Annual report of lunatic asylums [Bombay] - 1912-1922
Year: 1912
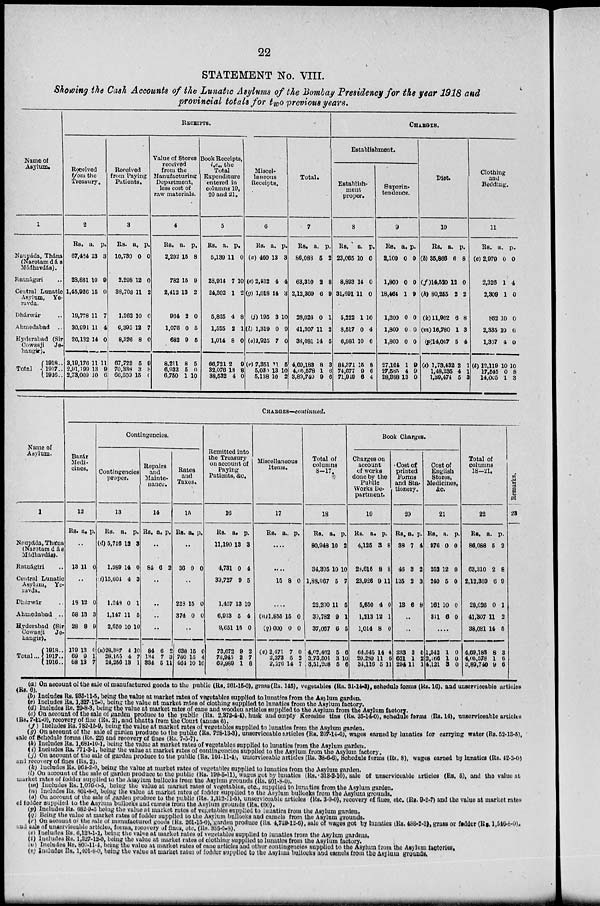
22
STATEMENT No. VIII.
Showing the Cash Accounts of the Lunatic Asylums of the Bombay Presidency for the year 1918 and
provincial totals for two previous years.
Name of
Asylum.
1
Naupáda, Thána
(Narotamdás
Mádhavdás).
Ratnágiri ..
Central Lunatic
Asylum, Ye-
ravda.
Dhárwár ..
Ahmedabad ..
Hyderabad (Sir
Cowasji
Je-
hangir).
Total
1918 ..
1917 ..
1916 ..
RECEIPTS.
Received
from the
Treasury.
2
Rs.
67,434
28,881
1,45,926
19,778
30,991
26,132
3,19,176
2,91,199
2,73,009
a.
13
10
15
11
11
14
11
13
10
p.
3
9
0
7
4
0
11
9
6
Received
from Paying
Patients.
3
Rs.
10,730
2,208
38,708
1,262
6,395
8,326
67,722
70,338
66,309
a.
0
12
11
10
12
8
5
3
15
p.
0
0
2
0
7
0
9
8
0
Value of Stores
received
from the
Manufacturing
Department,
less cost of
raw materials.
4
Rs.
2,292
782
2,412
964
1,076
682
8,211
6,932
6,750
a.
15
15
13
2
0
9
8
5
1
p.
8
9
2
0
5
5
5
0
10
Book Receipts,
i.e., the
Total
Expenditure
entered in
columns 19,
20 and 21.
5
Rs.
5,139
28,914
24,302
5,825
1,525
1,014
66,721
32,076
38,532
a.
11
7
1
4
2
8
2
13
4
p.
0
10
2
8
1
0
9
8
0
Miscel-
laneous
Receipts.
6
Rs.
(a) 460
(e) 2,432
(g) 1,018
(j) 195
(l) 1,319
(o)1,925
(r) 7,351
5,030
5,138
a.
13
4
14
3
0
7
11
13
10
p.
3
4
3
10
9
0
5
10
2
Total.
7
Rs.
86,088
63,310
2,12,369
28,026
41,307
38,081
4,69,183
4,05,578
3,89,740
a.
5
2
6
0
11
14
8
1
9
p.
2
8
9
1
2
5
3
6
6
CHARGES.
Establishment.
Establish-
ment
proper.
8
Rs.
23,065
8,803
31,691
5,222
8,517
6,981
84,371
74,677
71,949
a.
10
14
11
1
0
10
15
9
6
p.
0
0
0
10
4
6
8
6
4
Superin-
tendence.
9
Rs.
2,100
1,800
18,464
1,200
1,800
1,800
27,164
27,585
28,388
a.
0
0
1
0
0
0
1
4
13
p.
0
0
9
0
0
0
9
9
0
Diet.
10
Rs.
(b) 35,866
(f)14,520
(h) 80,255
(k) 11,962
(m) 16,780
(p)14,047
(s) 1,73,432
1,48,235
1,39,474
a.
6
12
2
6
1
5
2
4
5
p.
8
0
2
8
3
4
1
1
3
Clothing
and
Bedding.
11
Rs.
(c) 2,979
2,326
2,309
862
2,335
1,307
(t) 12,119
17,545
14,005
a.
0
1
1
10
10
4
10
0
1
p.
0
4
0
0
6
0
10
8
3
Name of
Asylum.
1
Naupáda, Thána
(Narotamdás
Mádhavdás).
Ratnágiri ..
Central Lunatic
Asylum, Ye-
ravda.
Dhárwár ..
Ahmedabad ..
Hyderabad (Sir
Cowasji
Je-
hangir).
Total ...
1918..
1917..
1916 ..
CHARGES—continued.
Bazár
Medi-
cines.
12
Rs. a. p.
..
13 11 0
..
18
58
28
119
69
68
12
13
8
13
9
13
0
3
9
0
1
7
Contingencies.
Contingencies
proper.
13
Rs.
(d) 5,746
1,989
(i)15,604
1,248
1,147
2,650
(u)28,387
28,155
24,256
a.
12
14
4
0
11
10
4
4
13
p.
3
0
3
1
5
10
10
7
1
Repairs
and
Mainte-
nance.
14
Rs. a. p.
..
84 6 2
..
..
..
..
84
134
334
6
7
5
2
3
11
Rates
and
Taxes.
15
Rs. a. p.
..
36 0 0
..
228
374
15
0
0
0
..
638
780
464
15
15
10
0
4
10
Remitted into
the Treasury
on account of
Paying
Patients, &c.
16
Rs.
11,190
4,731
39,727
1,457
6,913
9,651
73,672
73,945
69,989
a.
13
0
9
13
5
15
9
2
1
p.
3
4
5
10
4
0
2
7
8
Miscellaneous
Items.
17
Rs.
a. p.
....
....
15 8 0
....
(n)1,853
(q)600
(v) 2,471
2,373
2,276
15
0
7
5
14
0
0
0
2
7
Total of
columns
8-17.
18
Rs.
80,948
34,395
1,88,067
22,200
39,782
37,067
4,02,462
3,73,501
3,51,208
a.
10
10
5
11
9
6
5
3
5
p.
2
10
7
5
1
5
6
10
6
Book Charges.
Charges on
account
of works
done by the
Public
Works De-
partment.
19
Rs.
4,125
28,615
23,926
5,650
1,213
1,014
64,545
29,289
34,116
a.
3
8
9
4
12
8
14
11
5
p.
8
8
11
0
1
0
4
6
11
Cost of
printed
Forms
and Sta-
tionery.
20
Rs.
38
46
135
13
a.
7
3
2
6
p.
4
2
3
8
..
..
233
621
294
3
1
11
5
2
1
Cost of
English
Stores,
Medicines,
&c.
21
Rs.
976
252
240
161
311
a.
0
12
5
10
6
p.
0
0
0
0
0
....
1,942
2,166
4,121
1
1
3
0
0
0
Total of
columns
18-21.
22
Rs.
86,088
63,310
2,12,369
28,026
41,307
38,081
4,69,188
4,05,578
3,89,740
a.
5
2
6
0
11
14
8
1
9
p.
2
8
9
1
2
5
3
6
6
Remarks.
23
(a) On account of the sale of manufactured goods to the public (Rs. 261-15-0), grass (Rs. 145), vegetables (Rs. 31-14-3), schedule forms (Rs. 16), and unserviceable articles
(Rs. 6).
(b) Includes Rs. 935-11-5, being the value at market rates of vegetables supplied to lunatics from the Asylum garden.
(c) Includes Rs. 1,327-12-0, being the value at market rates of clothing supplied to lunatics from the Asylum factory.
(d) Includes Rs. 29-8-3, being the value at market rates of cane and wooden articles supplied to the Asylum from the Asylum factory.
(c) On account of the sale of garden produce to the public (Rs. 2,372-4-4), husk and empty Kerosine tins (Rs. 35-14-0), schedule forms (Rs. 14), unserviceable articles
(Rs. 7-12-0), recovery of flue (Rs. 2), and bhatta from the Court (annas 6).
(f) Includes Rs. 782-15-9, being the value at market rates of vegetables supplied to lunatics from the Asylum garden.
(g) On account of the sale of garden produce to the public (Rs. 728-13-3), unserviceable articles (Rs. 207-14-0), wages earned by lunatics for carrying water (Rs. 52-13-5),
sale of Schedule forms (Rs. 22) and recovery of fines (Rs. 7-5-7).
(h) Includes Rs. 1,681-10-1, being the value at market rates of vegetables supplied to lunatics from the Asylum garden.
(i) Includes Rs. 771-3-1, being the value at market rates of contingencies supplied to the Asylum from the Asylum factory.
(j) On account of the sale of garden produce to the public (Rs. 104-11-1), unserviceable articles (Rs. 38-6-6), Schedule forms (Rs. 8), wages earned by lunatics (Rs. 42-2-0)
and recovery of fines (Rs. 2).
(k) Includes Rs. 961-2-0, being the value at market rates of vegetables supplied to lunatics from the Asylum garden.
(l) On account of the sale of garden produce to the public (Rs. 199-5-11), wages got by lunatics (Rs. 318-2-10), sale of unserviceable articles (Rs. 5), and the value at
market rates of fodder supplied to the Assylum bullocks from the Asylum grounds (Rs. 801-8-0).
(m) Includes Rs. 1,076-0-5, being the value at market rates of vegetables, etc., supplied to lunatics from the Asylum garden.
(n) Includes Rs. 801-8-0, being the value at market rates of fodder supplied to the Asylum bullocks from the Asylum grounds.
(o) On account of the sale of garden produce to the public (Rs. 1,312-11-5), unserviceable articles (Rs. 3-9-0), recovery of fines, etc. (Rs. 9-2-7) and the value at market rates
of fodder supplied to the Asylum bullocks and camels from the Asylum grounds (Rs. 600).
(p) Includes Rs. 682-9-5 being the value at market rates of vegetables supplied to lunatics from the Asylum garden.
(q) Being the value at market rates of fodder supplied to the Asylum bullocks and camels from the Asylum grounds.
(r) On account of the sale of manufactured goods (Rs. 261-15-0), garden produce (Rs. 4,749-12-6), sale of wages got by lunatics (Rs. 488-2-3), grass or fodder (Rs. 1,546-8-0).
and sale of unserviceable articles, forms, recovery of fines, etc. (Rs. 385-5-8).
(s) Includes Rs. 6,123-1-1, being the value at market rates of vegetables supplied to lunatics from the Asylum gardens.
(t) Includes Rs. 1,327-12-0, being the value at market rates of clothing supplied to lunatics from the Asylum factory.
(u) Includes Rs. 800-11-4, being the value at market rates of cane articles and other contingencies supplied to the Asylum from the Asylum factories.
(v) Includes Rs. 1,401-8-0, being the value at market rates of fodder supplied to the Asylum bullocks and camels from the Asylum grounds.